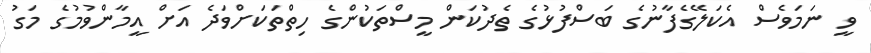
ވީ ނަމަވެސް އެކަލޭގެފާނުގެ ބަސްފުޅުގެ ތެދުކަން މީސްތަކުންގެ ހިތްތަކަށްވަދެ އަށް އީމާންވުމުގެ މަގު